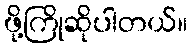
ဖို့ကြိုဆိုပါတယ်။